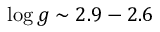
\log g \sim 2 . 9 - 2 . 6